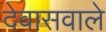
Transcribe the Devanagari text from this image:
देवासवाले